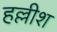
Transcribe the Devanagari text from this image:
हल्लीश